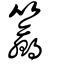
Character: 籯